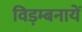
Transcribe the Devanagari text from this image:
विड़म्बनायें